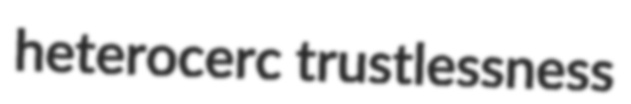
heterocerc trustlessness